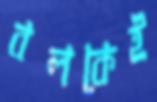
বলকেই